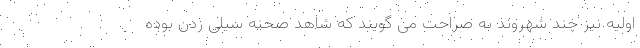
اولیه نیز چند شهروند به صراحت می گویند که شاهد صحنه سیلی زدن بوده